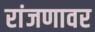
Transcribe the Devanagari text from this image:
रांजणावर